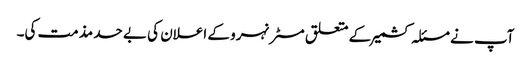
آپ نے مسئلہ کشمیر کے متعلق مسٹر نہرو کے اعلان کی بے حد مذمت کی۔